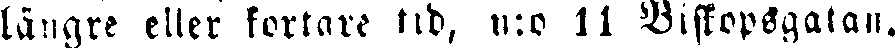
längre eller kortare tid, n:o 11 Biskopsgatan.